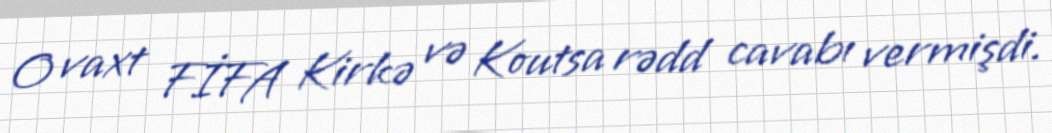
O vaxt FİFA Kirkə və Koutsa rədd cavabı vermişdi.